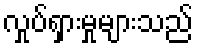
လှုပ်ရှားမှုများသည်